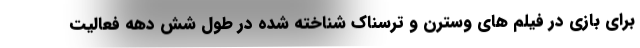
برای بازی در فیلم های وسترن و ترسناک ‌شناخته شده در طول شش دهه فعالیت